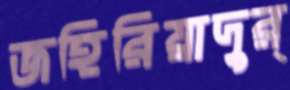
জহিরিয়াদুর্